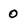
Character: 0